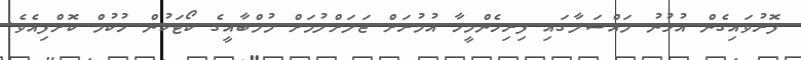
ފޮރުވައިގެން އުޅުނު މައްސަލާގައި ފިރިހެންމީހާ އުމުރަށް ޖަލަށްލުމަށް މުމްބާއީގެ ކޯޓަކުން ހުކުމް ކޮށްފިއެވެ.